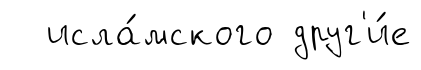
исла́мского друг'и́е